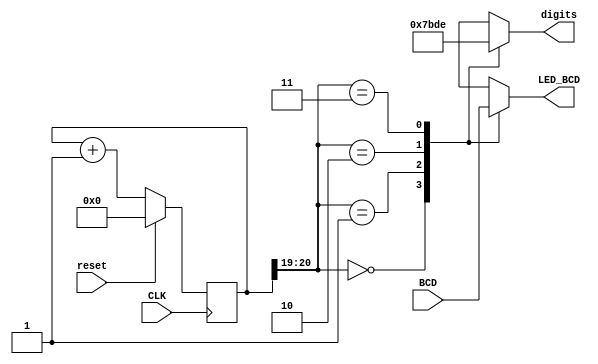
//Decoder
//Developed by Rhyan Johnson
//Decoder to set the placement of the 7 segment display

module Decoder(
    input CLK,
    input [15:0]BCD,
    input reset,
    output reg [3:0]digits,
    output reg [3:0]LED_BCD
);
reg [20:0] refresh_counter;
wire [1:0]countout;
    always @(posedge CLK)
         begin
            case(reset)
            1'b1: refresh_counter <= 0;
            default: refresh_counter <= refresh_counter + 1;
            endcase
         end

    assign countout = refresh_counter[20:19];
 always @(*)
 
     begin
          case(countout)
               2'b00: begin
                    digits = 4'b0111;
                    LED_BCD = BCD[15:12];
               end
               2'b01: begin
                    digits = 4'b1011;
                    LED_BCD = BCD[11:8];
               end
               2'b10: begin
                    digits = 4'b1101;                 
                    LED_BCD = BCD[7:4];
               end
               2'b11: begin
                    digits = 4'b1110;
                    LED_BCD = BCD[3:0];
               end
          endcase
     end
endmodule